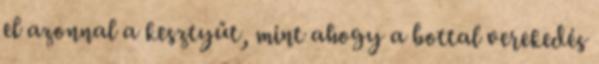
el azonnal a kesztyűt, mint ahogy a bottal verekedés